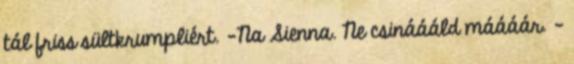
tál friss sültkrumpliért. -Na Sienna. Ne csináááld máááár. -